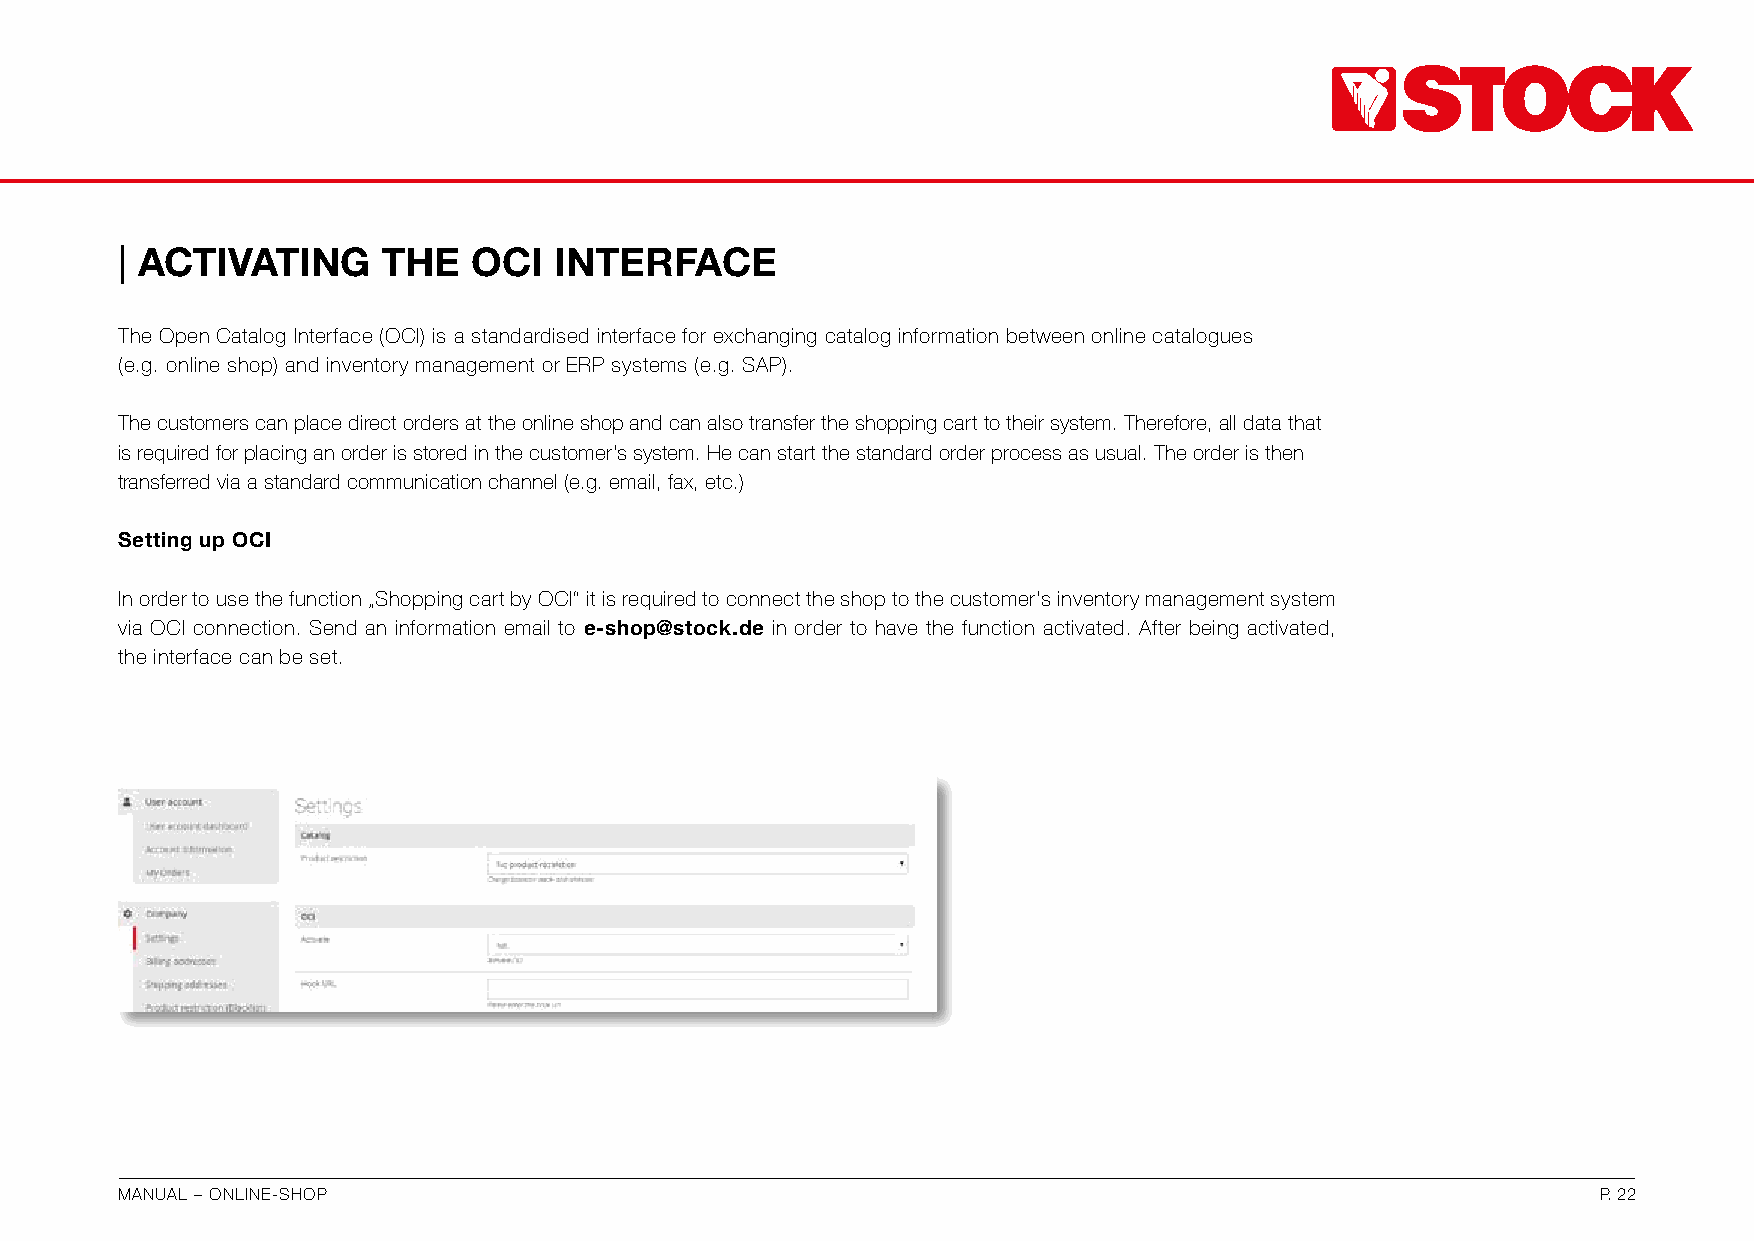
| ACTIVATING     THE   OCI   INTERFACE
 The Open Catalog Interface (OCI) is a standardised interface for exchanging catalog information between online catalogues
 (e.g. online shop) and inventory management or ERP systems (e.g. SAP).
 The customers can place direct orders at the online shop and can also transfer the shopping cart to their system. Therefore, all data that
 is required for placing an order is stored in the customer‘s system. He can start the standard order process as usual. The order is then
 transferred via a standard communication channel (e.g. email, fax, etc.)
 Setting up OCI
 In order to use the function „Shopping cart by OCI“ it is required to connect the shop to the customer‘s inventory management system
 via OCI connection. Send an information email to e-shop@stock.de in order to have the function activated. After being activated,
 the interface can be set.
 MANUAL – ONLINE-SHOP                                                                              P. 22